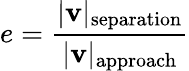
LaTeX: e={\frac{|\mathbf{v}|_{\mathrm{separation}}}{|\mathbf{v}|_{\mathrm{approach}}}}